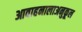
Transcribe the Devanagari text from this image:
आवाहनालाअनुकूल